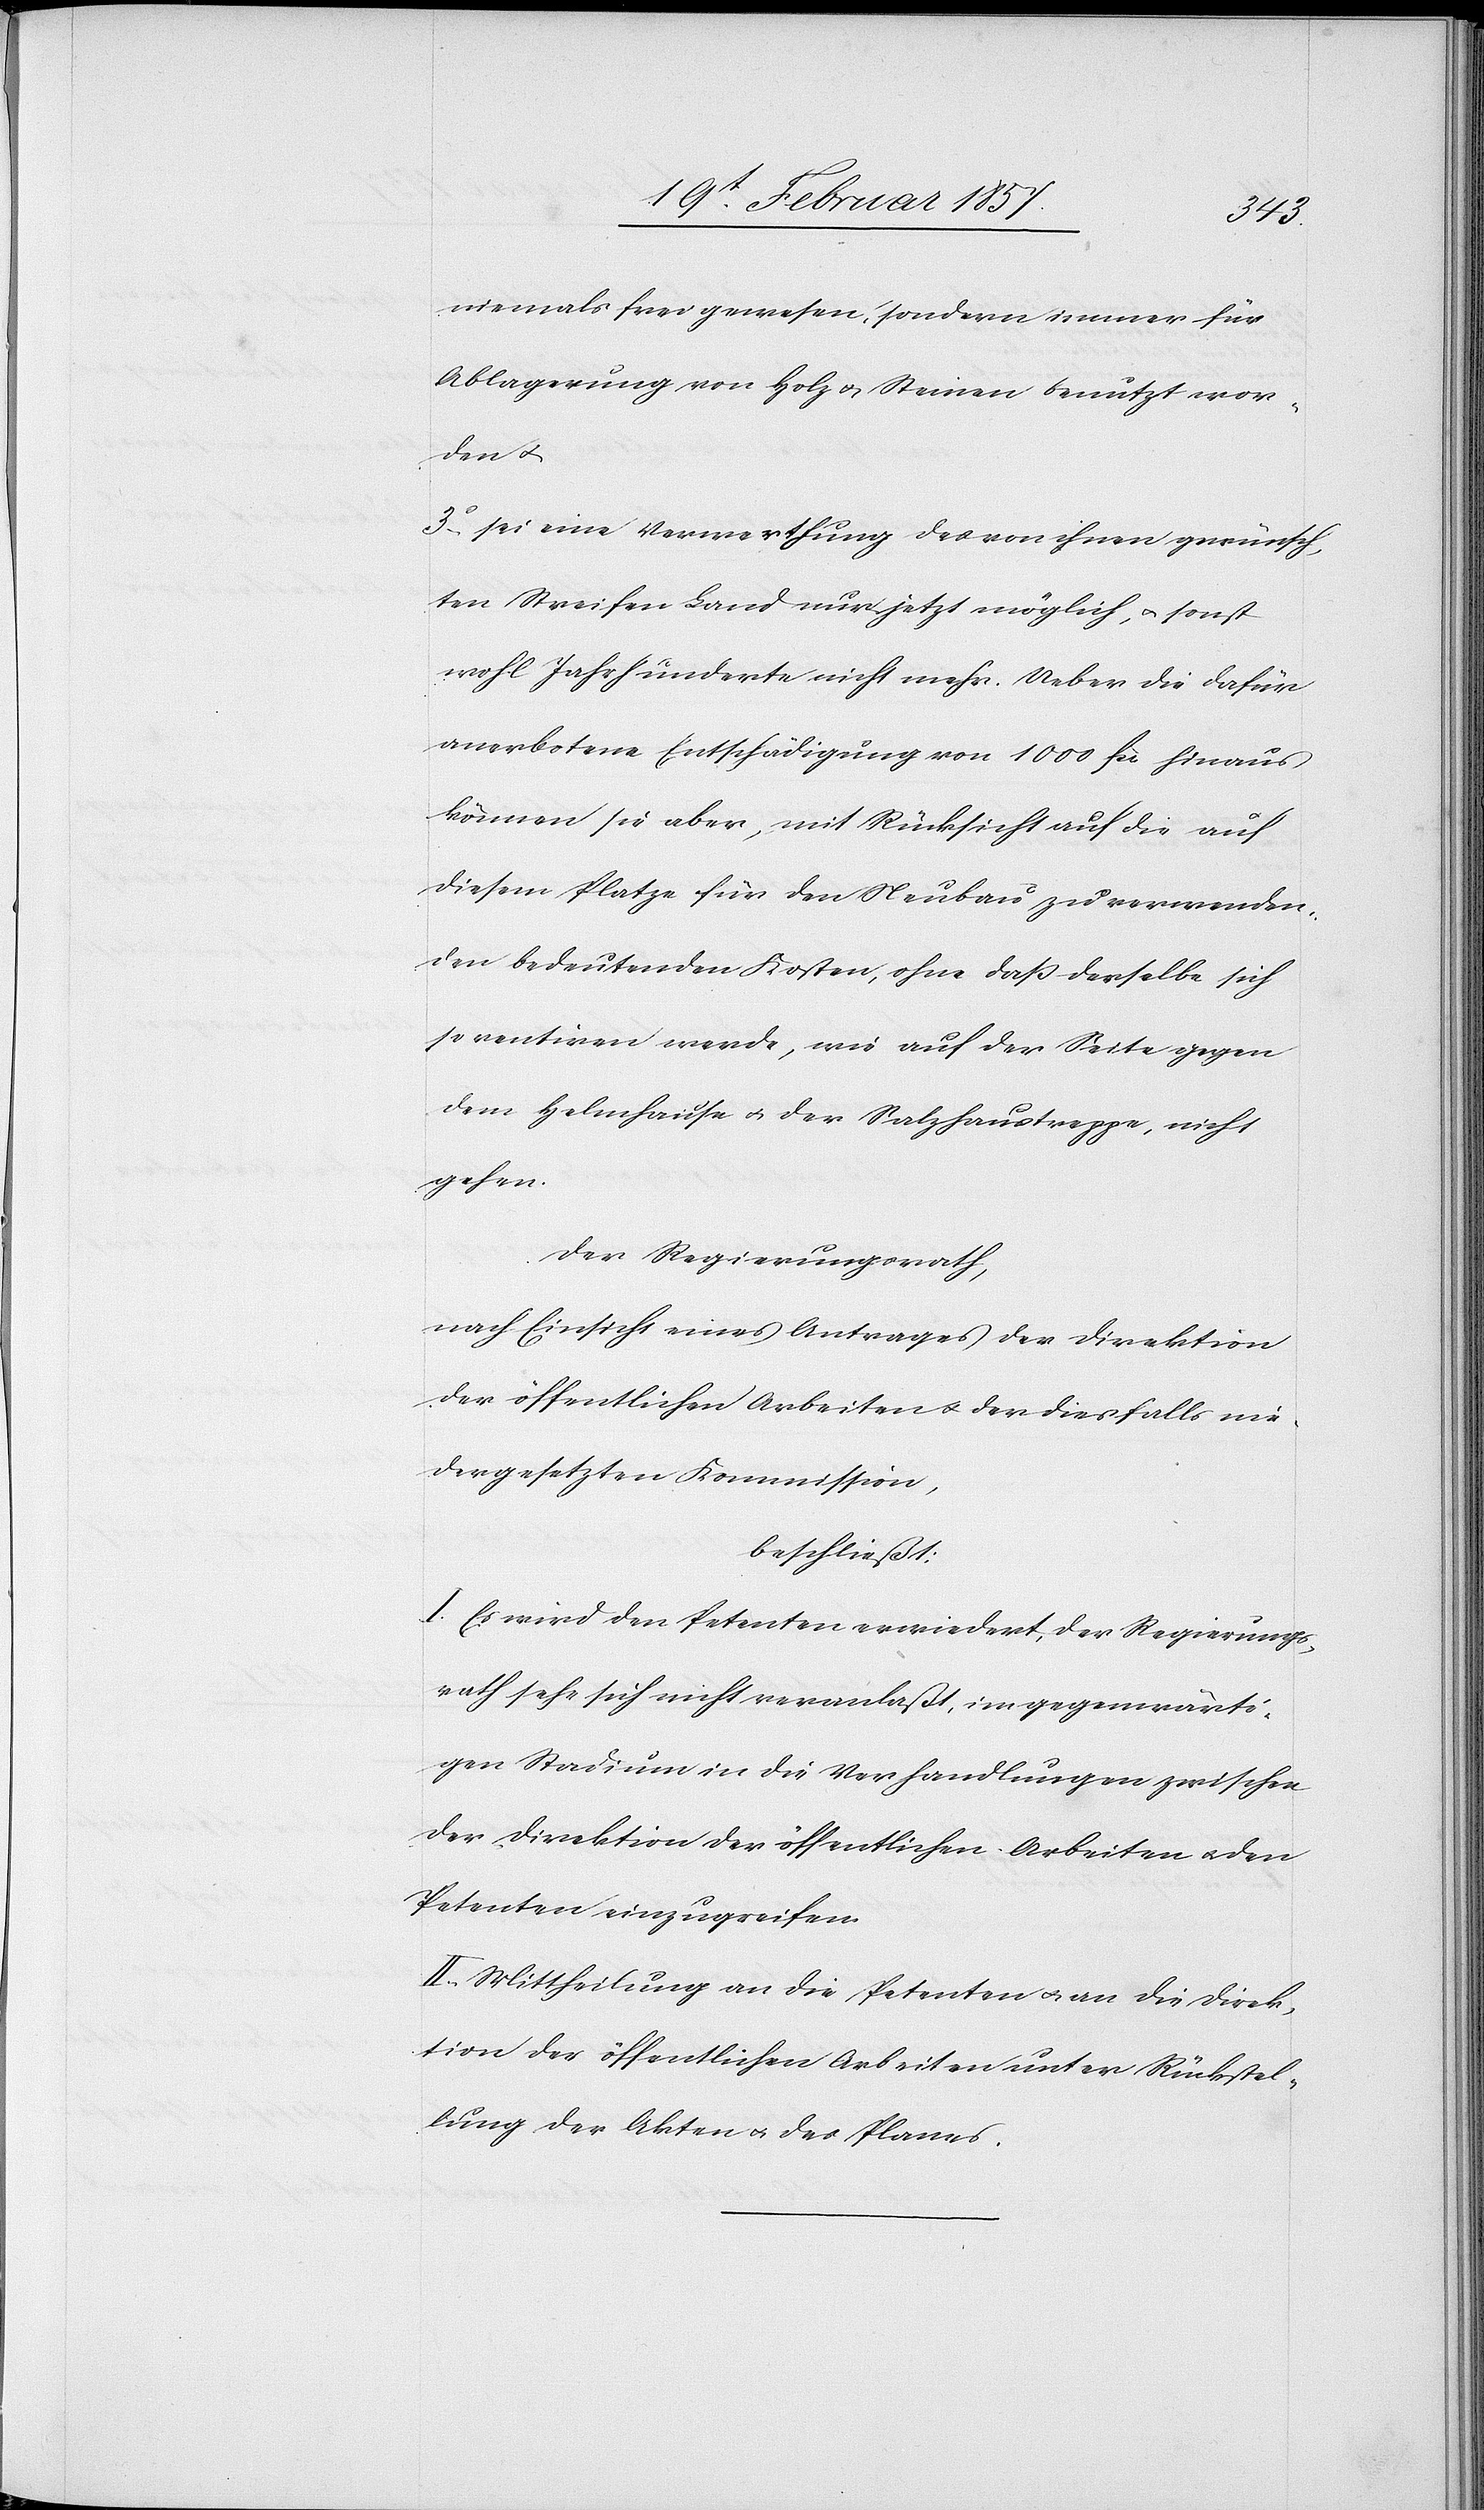
niemals frei gewesen, sondern immer für
Ablagerung von Holz u. Steinen benutzt wor¬
den u.
3o sei eine Verwerthung des von ihnen gewünsch¬
ten Streifen Land nur jetzt möglich, u. sonst
wohl Jahrhunderte nicht mehr. Ueber die dafür
anerbotene Entschädigung von 1000 fr. hinaus
können sie aber, mit Rücksicht auf die auf
diesem Platze für den Neubau zu verwenden,
den bedeutenden Kosten, ohne daß derselbe sich
so rentiren werde, wie auf der Seite gegen
dem Helmhause u. der Salzhaustreppe, nicht
gehen.
Der Regierungsrath,
nach Einsicht eines Antrages der Direktion
der öffentlichen Arbeiten u. der diesfalls nie¬
dergesetzten Kommission,
beschließt:
I. Es wird den Petenten erwiedert, der Regierungs¬
rath sehr sich nicht veranlaßt, im gegenwärti¬
gen Stadium in die Verhandlungen zwischen
der Direktion der öffentlichen Arbeiten u. den
Petenten einzugreifen.
II. Mittheilung an die Petenten u. an die Direk¬
tion der öffentlichen Arbeiten unter Rückstel¬
lung der Akten u. des Planes.